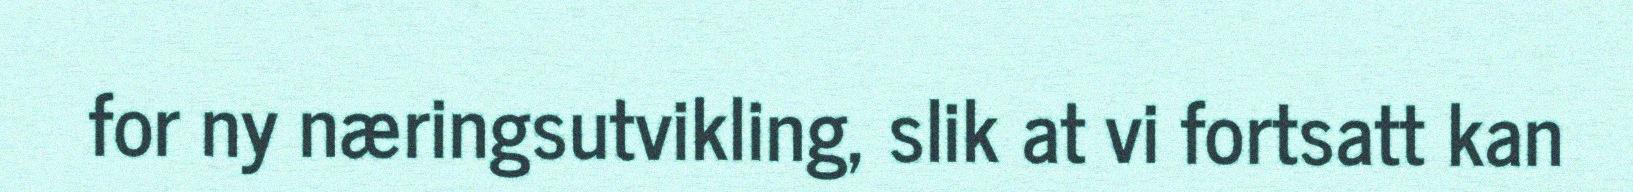
for ny næringsutvikling, slik at vi fortsatt kan